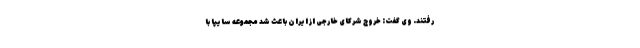
رفتند. وی گفت: خروج شرکای خارجی از ایران باعث شد مجموعه سایپا با